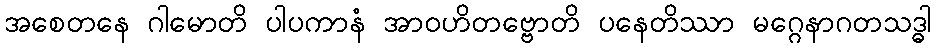
အစေတနေ ဂါမောတိ ပါပကာနံ အာဝဟိတဗ္ဗောတိ ပနေတိဿာ မဂ္ဂေနာဂတသဒ္ဓါ